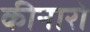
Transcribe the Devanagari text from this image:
कीनारो